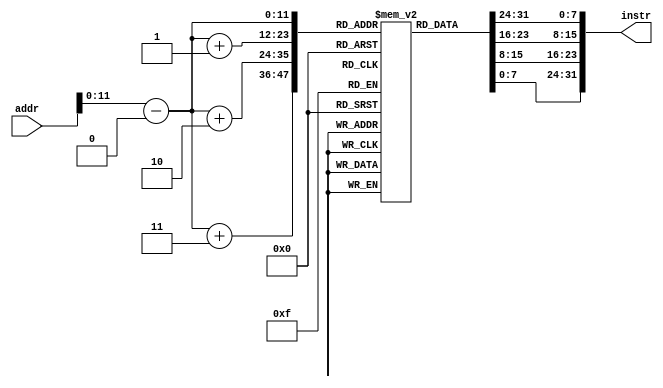
module imem(addr, instr);
    parameter SIZE=4096;
    parameter OFFSET=0;

    input [0:31] addr;
    output [0:31] instr;
    reg [0:7] mem[0:(SIZE-1)];

    wire [0:31] phys_addr;

    assign phys_addr = addr - OFFSET;
    assign instr = {mem[phys_addr],mem[phys_addr+1],mem[phys_addr+2],mem[phys_addr+3]};
endmodule // imem

module dmem(addr, rData, wData, writeEnable, dsize, clk);
    parameter SIZE=32768;

    input [0:31] addr, wData;
    input writeEnable, clk;
    input [0:1] dsize; // equivalent to bytes-1 ( 3=Word, 1=Halfword, 0=Byte)
    output [0:31] rData;
    reg [0:7] mem[0:(SIZE-1)];

    // Write
    always @ (posedge clk) begin
        if (writeEnable) begin
            //$display("writing to mem at %x val %x size %2d", addr, wData, dsize); //uncomment for troubleshooting
            case (dsize)
              2'b11: begin
                 // word
                 {mem[addr], mem[addr+1], mem[addr+2], mem[addr+3]} <= wData[0:31];
              end
              2'b10: begin
                 // bad
                 $display("Invalid dsize: %x", dsize);
              end
              2'b01: begin
                 // halfword
                 {mem[addr], mem[addr+1]} <= wData[16:31];
              end
              2'b00: begin
                 // byte
                 mem[addr] <= wData[24:31];
              end
              default: $display("Invalid dsize: %x", dsize);
            endcase
        end
    end
    // Read
    assign rData = {mem[addr], mem[addr+1], mem[addr+2], mem[addr+3]};
endmodule // dmem
/*
// Test module. Loads data files
module memload_example();
parameter IMEMFILE = "instr.hex";
parameter DMEMFILE = "data.hex";
reg [8*80-1:0] filename;
reg [0:31] iaddr, daddr, dwdata;
wire [0:31] instr, drdata;
reg dwrite;
reg [0:1] dsize;
reg clk;

integer dfileobj, dmaddr, r, k, i;

imem #(.SIZE(1024)) IMEM(.addr(iaddr), .instr(instr));
dmem #(.SIZE(16384)) DMEM(.addr(daddr), .rData(drdata), .wData(dwdata), .writeEnable(dwrite), .dsize(dsize), .clk(clk));

initial begin
// Clear DMEM
for (i = 0; i < DMEM.SIZE; i = i+1)
DMEM.mem[i] = 8'h0;

// Load IMEM from file
if (!$value$plusargs("instrfile=%s", filename)) begin
filename = IMEMFILE;
end
$readmemh(filename, IMEM.mem);
// Load DMEM from file
if (!$value$plusargs("datafile=%s", filename)) begin
filename = DMEMFILE;
end
$readmemh(filename, DMEM.mem);

//// Debug: dump memory
//$writememh("imem", IMEM.mem);
//$writememh("dmem", DMEM.mem);

// Read out some values. Note clock ticks between setting values
// & reading values in tests.
// - First two instructions
iaddr = 32'h0;
#1
$display("Instr [%x] = %x", iaddr, instr);
iaddr = 32'h4;
#1
$display("Instr [%x] = %x", iaddr, instr);
// - Some Data values
// 'monitor' follows signals automatically as they change
$monitor("addr= %x data = %x", daddr, drdata);
daddr = 32'h2000;
#1
daddr = 32'h2001;
end // initial
endmodule
*/